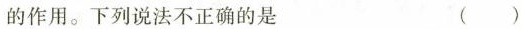
的作用。下列说法不正确的是 ( )